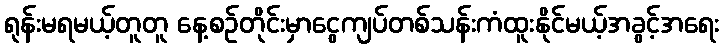
ရုန်းမရမယ့်တူတူ နေ့စဉ်တိုင်းမှာငွေကျပ်တစ်သန်းကံထူးနိုင်မယ့်အခွင့်အရေး